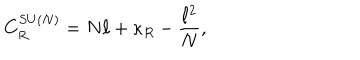
C _ { R } ^ { S U ( N ) } = N \ell + \kappa _ { R } - { \frac { \ell ^ { 2 } } { N } } ,